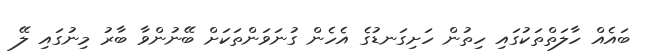
ބައެއް ހާލަތްތަކުގައި ހިތުން ހަށިގަނޑުގެ އެހެން ގުނަވަންތަކަށް ބޭނުންވާ ބާރު މިނުގައި ލޭ